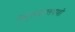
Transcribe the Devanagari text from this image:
वस्तुसंग्रहालयाशी